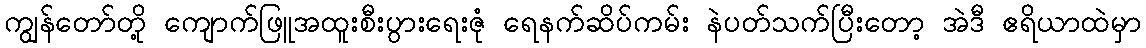
ကျွန်တော်တို့ ကျောက်ဖြူအထူးစီးပွားရေးဇုံ ရေနက်ဆိပ်ကမ်း နဲပတ်သက်ပြီးတော့ အဲဒီ ဧရိယာထဲမှာ